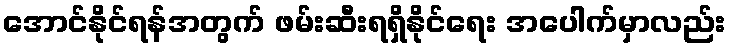
အောင်နိုင်ရန်အတွက် ဖမ်းဆီးရရှိနိုင်ရေး အပေါက်မှာလည်း